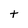
Character: t